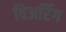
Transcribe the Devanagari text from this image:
विअरिंग